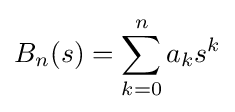
B_{n}(s)=\sum _{k=0}^{n}a_{k}s^{k}